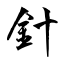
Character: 針